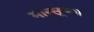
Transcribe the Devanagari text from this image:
मान्सूच्या